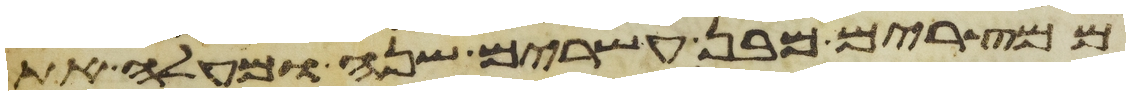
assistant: ממצרים מבן עשרים שנה ומעלה את